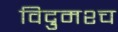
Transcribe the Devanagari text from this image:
विद्रुमश्च